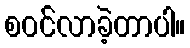
စဝင်လာခဲ့တာပါ။